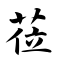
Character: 莅